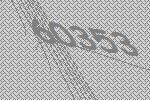
60353